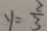
y = \frac { 2 } { 3 }